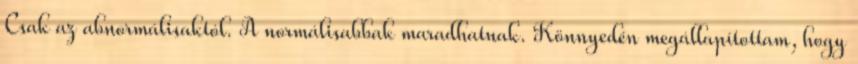
Csak az abnormálisaktól. A normálisabbak maradhatnak. Könnyedén megállapítottam, hogy